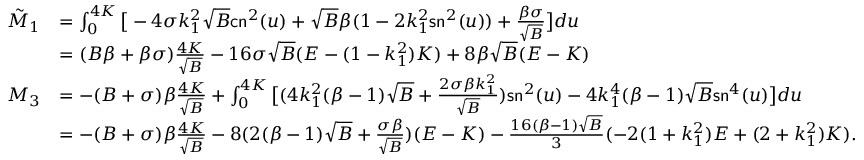
\begin{array} { r l } { \tilde { M } _ { 1 } } & { = \int _ { 0 } ^ { 4 K } \big [ - 4 \sigma k _ { 1 } ^ { 2 } \sqrt { B } \mathsf { c n } ^ { 2 } ( u ) + \sqrt { B } \beta ( 1 - 2 k _ { 1 } ^ { 2 } \mathsf { s n } ^ { 2 } ( u ) ) + \frac { \beta \sigma } { \sqrt { B } } \big ] d u } \\ & { = ( B \beta + \beta \sigma ) \frac { 4 K } { \sqrt { B } } - 1 6 \sigma \sqrt { B } ( E - ( 1 - k _ { 1 } ^ { 2 } ) K ) + 8 \beta \sqrt { B } ( E - K ) } \\ { M _ { 3 } } & { = - ( B + \sigma ) \beta \frac { 4 K } { \sqrt { B } } + \int _ { 0 } ^ { 4 K } \big [ ( 4 k _ { 1 } ^ { 2 } ( \beta - 1 ) \sqrt { B } + \frac { 2 \sigma \beta k _ { 1 } ^ { 2 } } { \sqrt { B } } ) \mathsf { s n } ^ { 2 } ( u ) - 4 k _ { 1 } ^ { 4 } ( \beta - 1 ) \sqrt { B } \mathsf { s n } ^ { 4 } ( u ) \big ] d u } \\ & { = - ( B + \sigma ) \beta \frac { 4 K } { \sqrt { B } } - 8 ( 2 ( \beta - 1 ) \sqrt { B } + \frac { \sigma \beta } { \sqrt { B } } ) ( E - K ) - \frac { 1 6 ( \beta - 1 ) \sqrt { B } } { 3 } ( - 2 ( 1 + k _ { 1 } ^ { 2 } ) E + ( 2 + k _ { 1 } ^ { 2 } ) K ) . } \end{array}